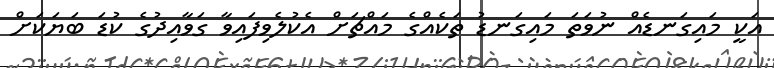
އަކީ މައިގަނޑެއް ނުވަތަ މައިގަނޑު ތަކެއްގެ މައްޗަށް އެކުލެވިފައިވާ ގަވާއިދުގެ ކުޑަ ބަޔަކަށް